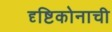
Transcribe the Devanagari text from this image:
दृष्टिकोनाची